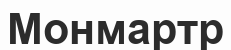
Монмартр